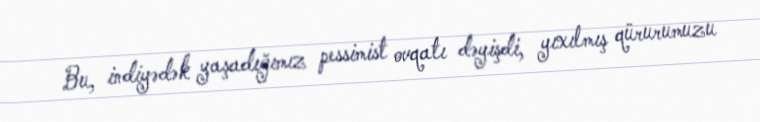
Bu, indiyədək yaşadığımız pessimist ovqatı dəyişdi, yıxılmış qürurumuzu